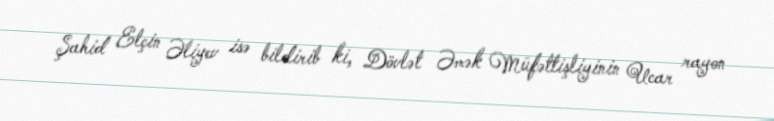
Şahid Elçin Əliyev isə bildirib ki, Dövlət Əmək Müfəttişliyinin Ucar rayon